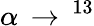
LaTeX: \alpha\, \rightarrow\, ^{13}